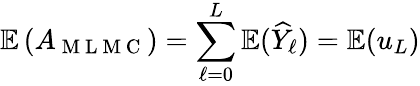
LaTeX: \mathbb{E}\left(A_{\mathrm{~M~L~M~C~}}\right)=\sum_{\ell=0}^{L}\mathbb{E}(\widehat{Y}_{\ell})=\mathbb{E}(u_{L})